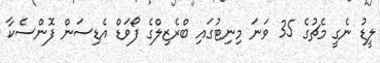
ލީޑު ނެގީ މެޗުގެ 35 ވަނަ މިނިޓުގައި ބްރެޒިލްގެ ފޯވަޑް އެޑިސަން ފޮންސެކާ